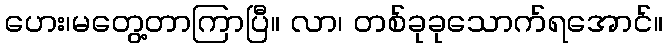
ဟေး၊မတွေ့တာကြာပြီ။ လာ၊ တစ်ခုခုသောက်ရအောင်။